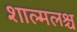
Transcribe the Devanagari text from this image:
शाल्मलश्च